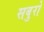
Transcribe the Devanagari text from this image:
सबुरो